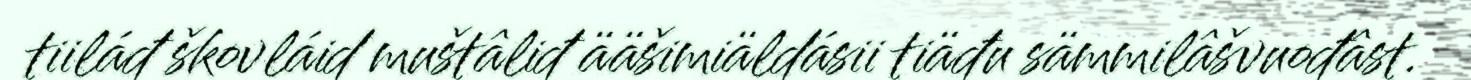
tiiláđ škovláid muštâliđ ääšimiäldásii tiäđu sämmilâšvuođâst.